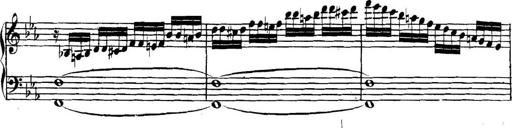
Title: Collected Piano Sonatas
Composer: Muzio Clementi